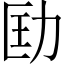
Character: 劻